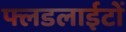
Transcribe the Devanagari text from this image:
फ्लडलाईटों